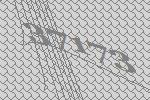
37173